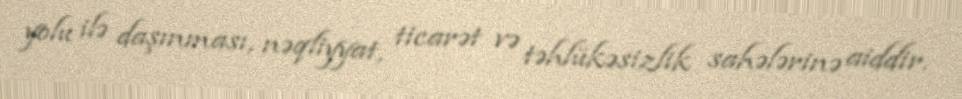
yolu ilə daşınması, nəqliyyat, ticarət və təhlükəsizlik sahələrinə aiddir.